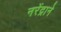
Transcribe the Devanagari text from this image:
नरेंद्राने